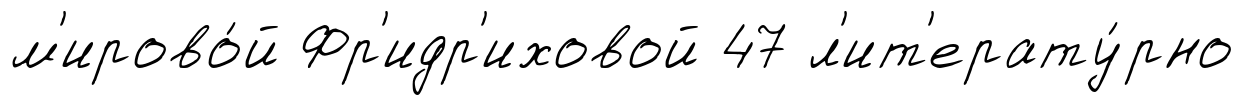
м'ирово́й Фр'идр'иховой 47 л'ит'ерату́рно